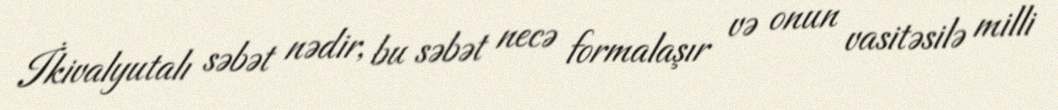
İkivalyutalı səbət nədir, bu səbət necə formalaşır və onun vasitəsilə milli